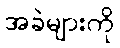
အခဲများကို